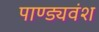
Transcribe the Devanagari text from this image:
पाण्ड्यवंश